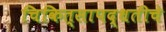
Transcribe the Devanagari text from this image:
चिकित्सापद्धतीचे